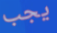
يجب